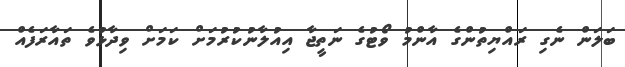
ބަލަން ނެގި ރައްޔިތުންގެ އާންމު ވޯޓުގެ ނަތީޖާ އިއުލާނުކުރުމަށް ކަމަށް ވިދާޅުވެ ތައާރަފެއް